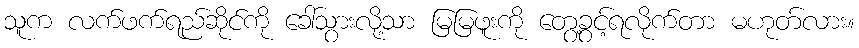
သူက လက်ဖက်ရည်ဆိုင်ကို ခေါ်သွားလို့သာ မြမြဖူးကို တွေ့ခွင့်ရလိုက်တာ မဟုတ်လား။